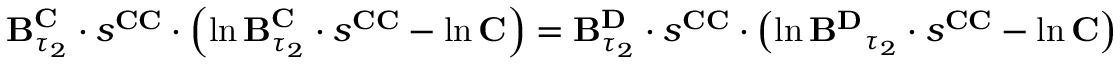
\begin{array} { r } { \mathbf { B } _ { \tau _ { 2 } } ^ { \mathbf { C } } \cdot s ^ { \mathbf { C C } } \cdot \left( \ln \mathbf { B } _ { \tau _ { 2 } } ^ { \mathbf { C } } \cdot s ^ { \mathbf { C C } } - \ln \mathbf { C } \right) = \mathbf { B } _ { \tau _ { 2 } } ^ { \mathbf { D } } \cdot s ^ { \mathbf { C C } } \cdot \left( \ln \mathbf { B ^ { \mathbf { D } } } _ { \tau _ { 2 } } \cdot s ^ { \mathbf { C C } } - \ln \mathbf { C } \right) } \end{array}